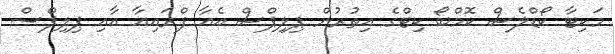
މަކިޓާ ކޯޑްލެސް ކޮމްބޯ ކިޓްގެ އިތުރުން ޕިލިޕްސް އެއާ ފްރައިއާ އާއި ޕިލިޕްސް